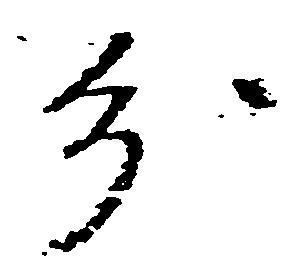
分